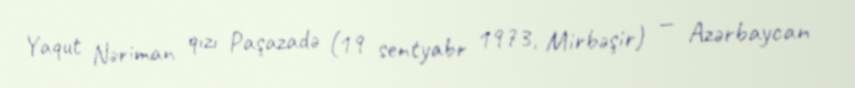
Yaqut Nəriman qızı Paşazadə (19 sentyabr 1973, Mirbəşir) — Azərbaycan